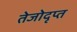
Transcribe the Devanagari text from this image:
तेजोदृप्त